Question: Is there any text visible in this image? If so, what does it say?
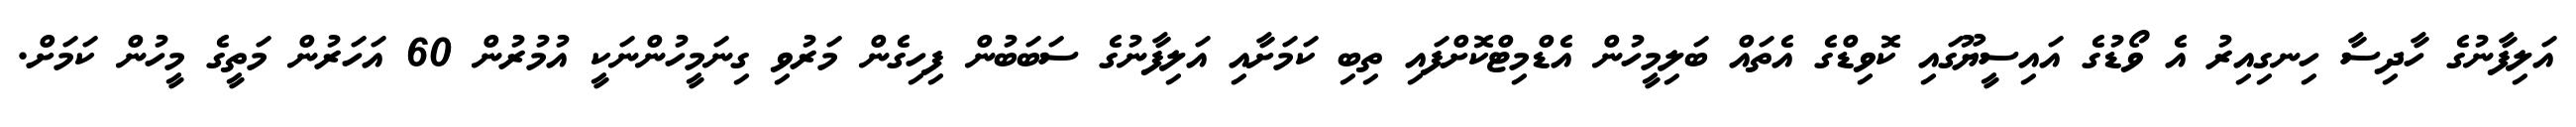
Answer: އަލިފާނުގެ ހާދިސާ ހިނގިއިރު އެ ވޯޑުގެ އައިސީޔޫގައި ކޮވިޑްގެ އެތައް ބަލިމީހުން އެޑްމިޓްކޮށްފައި ތިބި ކަމަށާއި އަލިފާނުގެ ސަބަބުން ފިހިގެން މަރުވި ގިނަމީހުންނަކީ އުމުރުން 60 އަހަރުން މަތީގެ މީހުން ކަމަށް.